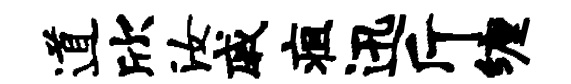
道欣汝戚疽迅斤缠